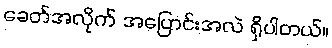
ခေတ်အလိုက် အပြောင်းအလဲ ရှိပါတယ်။